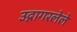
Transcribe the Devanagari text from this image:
उद्गागरलेले